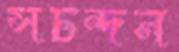
সচন্দন